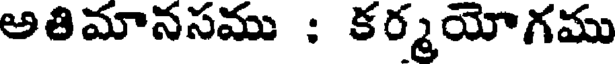
అతిమానసము : కర్మయోగము